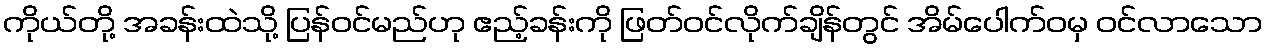
ကိုယ်တို့ အခန်းထဲသို့ ပြန်ဝင်မည်ဟု ဧည့်ခန်းကို ဖြတ်ဝင်လိုက်ချိန်တွင် အိမ်ပေါက်ဝမှ ဝင်လာသော